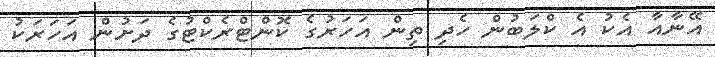
އޭނާއާ އެކު އެ ކްލަބުން ހެދި ތިން އަހަރުގެ ކޮންޓްރެކްޓުގެ ދަށުން އަހަރަކު